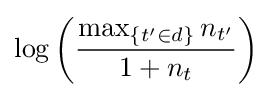
\log \left({\frac {\max _{\{t'\in d\}}n_{t'}}{1+n_{t}}}\right)